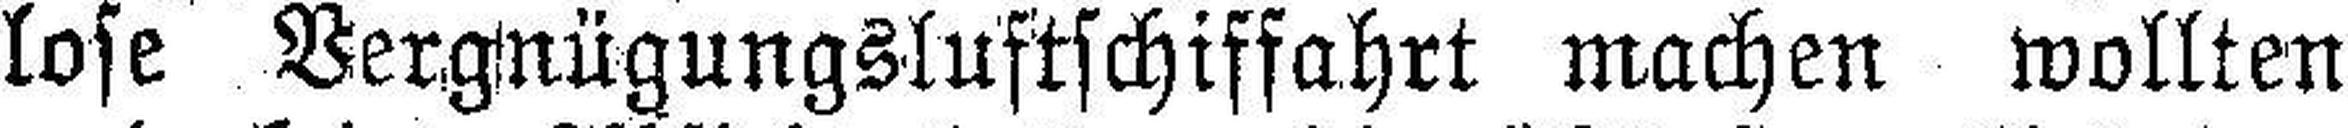
lose Vergnügungsluftschiffahrt machen wollten